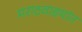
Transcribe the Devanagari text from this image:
मराठवाडयांत